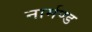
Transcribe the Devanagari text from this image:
नार्मण्ड